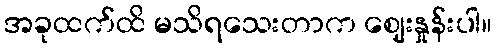
အခုထက်ထိ မသိရသေးတာက ဈေးနှုန်းပါ။